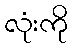
လုံးကို